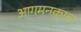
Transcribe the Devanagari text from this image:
आगमनकाल